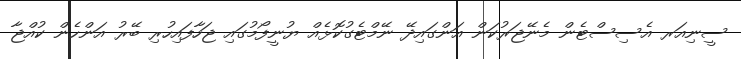
ސީނިއަރ އެސިސްޓެން މެނޭޖަރުކަން އަންގައިދޭ ނޭމްޓެގުކޮޅެއް ޔުނީފޯމުގައި ޖަހާފައިހުރި ބޭރު އަންހެން ކުއްޖާ